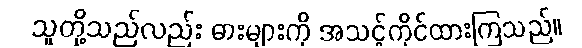
သူတို့သည်လည်း ဓားများကို အသင့်ကိုင်ထားကြသည်။